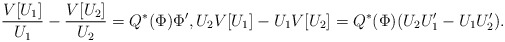
\begin{align*} \frac{V[U_1]}{U_1} - \frac{V[U_2]}{U_2} = Q^*(\Phi) \Phi' , U_2 V[U_1] - U_1 V[U_2] = Q^*(\Phi) ( U_2U_1' - U_1 U_2'). \end{align*}